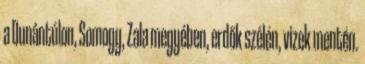
a Dunántúlon, Somogy, Zala megyében, erdők szélén, vizek mentén.